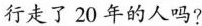
行走了20年的人吗?